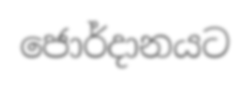
ජොර්දානයට